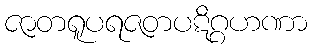
ဇာတရူပရဇတပဋိဂ္ဂဟဏာ